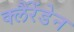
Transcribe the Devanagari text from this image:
क्लैंरेंडेन